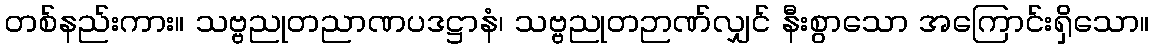
တစ်နည်းကား။ သဗ္ဗညုတညာဏပဒဋ္ဌာနံ၊ သဗ္ဗညုတဉာဏ်လျှင် နီးစွာသော အကြောင်းရှိသော။